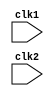
// MIPS 32 PIPELINE PROCESSOR IN VERILOG
`timescale 1ns/1ns
module MIPS32_Pipeline (clk1,clk2);
input clk1, clk2;
reg [31:0] PC,IF_ID_IR,IF_ID_NPC;
reg [31:0] ID_EX_IR,ID_EX_NPC,ID_EX_A,ID_EX_B,ID_EX_IMM;
reg [2:0]  ID_EX_type,EX_MEM_type,MEM_WB_type;
reg [31:0] EX_MEM_IR,EX_MEM_ALUOUT,EX_MEM_B;
reg        EX_MEM_COND;
reg [31:0] MEM_WB_IR,MEM_WB_ALUOUT,MEM_WB_LMD;

reg [31:0] regbank [0:31];                                //32x32   Register Bank
reg [31:0] mem     [0:1023];                              //1024x32 Data Memory

reg HALTED;                                  //2 Special 1 bit Variables
reg TAKEN_BRANCH0, TAKEN_BRANCH1;

parameter ADD=6'b000000, SUB=6'b000001, AND=6'b000010, OR=6'b000011, SLT=6'b000100, MUL=6'b000101, HLT=6'b111111, LW=6'b001000,
SW=6'b001001, ADDI=6'b001010, SUBI=6'b001011, SLTI=6'b001100, BNEQZ=6'b001101, BEQZ=6'b001110;

parameter RR_ALU=3'b000, RM_ALU=3'b001, LOAD=3'b010, STORE=3'b011, BRANCH=3'b100, HALT=3'b101; //Type of Instruction


//-------------------------------STAGE1: INSTRUCTION FETCH----------------------------------------------------------------------
always @(posedge clk1)
	if (HALTED==0)                                         //If HALTED=1 No Need Of Fetching Any Instruction
	begin
		if (( (EX_MEM_IR[31:26]==BNEQZ)&&(EX_MEM_COND==0))||((EX_MEM_IR[31:26]==BEQZ)&&(EX_MEM_COND==1))) //Checking for Branching
		begin
			IF_ID_IR     <= #2 mem[EX_MEM_ALUOUT];           //New Instruction at New Jump Address
			TAKEN_BRANCH1<= #2 1'b1;
//			TAKEN_BRANCH <= #2 1'b1              ;           //Branch Taken
//			TAKEN_BRANCH <= #21 1'b1 				 ;
			IF_ID_NPC    <= #2 EX_MEM_ALUOUT + 1 ;           //Adderess Of Next Instruction
         PC           <= #2 EX_MEM_ALUOUT + 1 ;           // PC Updated
		end
		else                                                //If Branching Is Not To Be Done
		begin              
			IF_ID_IR     <= #2 mem[PC];                      //Fetch Instruction Pointed by PC
			IF_ID_NPC    <= #2 PC + 1 ;                      
			PC           <= #2 PC + 1 ;                      //Incremeant PC By 1
		end
	end
	
//-------------------------------STAGE2: INSTRUCTION DECODE----------------------------------------------------------------------
always @(posedge clk2)
	if (HALTED==0)
	begin
		if (IF_ID_IR[25:21] == 5'b00000)                       //Check If Rs=R0
			ID_EX_A <= 0;                                       //If Yes, Asign Reg A = 0
		else
			ID_EX_A <= #2 regbank[IF_ID_IR[25:21]];             //If No, Asign Reg A The Appropriate Reg from regbamk
			
		if (IF_ID_IR[20:16] == 5'b00000)                       //Same for Reg B
			ID_EX_B <= 0;   
		else
			ID_EX_B <= #2 regbank[IF_ID_IR[20:16]];
			
			
		ID_EX_NPC <= #2 IF_ID_NPC                            ;
		ID_EX_IR  <= #2 IF_ID_IR                             ;
		ID_EX_IMM <= #2 {{16{IF_ID_IR[15]}},{IF_ID_IR[15:0]}}; //Sign Extension Of the Immediate Data
		
		case (IF_ID_IR[31:26])                                 //Check Type of Instruction
		ADD,SUB,AND,OR,SLT,MUL : ID_EX_type <= #2 RR_ALU;
		ADDI,SUBI,SLTI         : ID_EX_type <= #2 RM_ALU;
		LW                     : ID_EX_type <= #2 LOAD  ;
		SW                     : ID_EX_type <= #2 STORE ;
		BNEQZ,BEQZ             : ID_EX_type <= #2 BRANCH;
		HLT                    : ID_EX_type <= #2 HALT  ;
		default                : ID_EX_type <= #2 HALT  ;      //Invalid Opcode
		endcase
	end
//-------------------------------STAGE3: EXECUTE---------------------------------------------------------------------------------
always @(posedge clk1)
	if (HALTED==0)
	begin
		EX_MEM_type  <= #2 ID_EX_type;
		EX_MEM_IR    <= #2 ID_EX_IR;
		TAKEN_BRANCH0<= #2 1'b1;
		//TAKEN_BRANCH <= #2 1'b0;                              //Reset TAKEN_BRANCH To 0
		
		case (ID_EX_type)                                      //Executing According To The OPCODE
		RR_ALU    : begin
					    case (ID_EX_IR[31:26])
					    ADD    : EX_MEM_ALUOUT <= #2 ID_EX_A + ID_EX_B;
					    SUB    : EX_MEM_ALUOUT <= #2 ID_EX_A - ID_EX_B;
					    AND    : EX_MEM_ALUOUT <= #2 ID_EX_A & ID_EX_B;
					    OR     : EX_MEM_ALUOUT <= #2 ID_EX_A | ID_EX_B;
					    SLT    : EX_MEM_ALUOUT <= #2 ID_EX_A < ID_EX_B;
					    MUL    : EX_MEM_ALUOUT <= #2 ID_EX_A * ID_EX_B;
					    default: EX_MEM_ALUOUT <= #2 32'hxxxxxxxx     ;
					    endcase
				      end
		RM_ALU    : begin
					    case (ID_EX_IR[31:26])
					    ADDI   : EX_MEM_ALUOUT <= #2 ID_EX_A + ID_EX_IMM;
					    SUBI   : EX_MEM_ALUOUT <= #2 ID_EX_A - ID_EX_IMM;
					    SLTI   : EX_MEM_ALUOUT <= #2 ID_EX_A < ID_EX_IMM;
					    default: EX_MEM_ALUOUT <= #2 32'hxxxxxxxx        ;
				       endcase
						end
		LOAD,STORE: begin
						 EX_MEM_ALUOUT <= #2 ID_EX_A + ID_EX_IMM;
						 EX_MEM_B      <= #2 ID_EX_B            ;
						end
		BRANCH    : begin
						 EX_MEM_ALUOUT <= #2 ID_EX_NPC + ID_EX_IMM;
						 EX_MEM_COND   <= #2 (ID_EX_A==0)         ;
					   end
		endcase
	end
//-------------------------------STAGE4: MEMORY ACESS---------------------------------------------------------------------------------	
always @(posedge clk2)
	if (HALTED==0)
		begin
			MEM_WB_type <= #2 EX_MEM_type;
			MEM_WB_IR   <= #2 EX_MEM_IR  ;
			
			case (EX_MEM_type)
			RR_ALU,RM_ALU: MEM_WB_ALUOUT <= #2 EX_MEM_ALUOUT     ;
			LOAD         : MEM_WB_LMD    <= #2 mem[EX_MEM_ALUOUT];
			STORE        : if (TAKEN_BRANCH0==1)
									mem[EX_MEM_ALUOUT] <= #2 EX_MEM_B  ;
			endcase
		end
//-------------------------------STAGE5: WRITE BACK-----------------------------------------------------------------------------------
always @(posedge clk1)
	begin
		if (TAKEN_BRANCH0==1)
			case (MEM_WB_type)
			RR_ALU: regbank[MEM_WB_IR[15:11]] <= #2 MEM_WB_ALUOUT;    //rd
			RM_ALU: regbank[MEM_WB_IR[20:16]] <= #2 MEM_WB_ALUOUT;    //rt
         LOAD  : regbank[MEM_WB_IR[20:16]] <= #2 MEM_WB_LMD   ;    //rt
			HALT  : HALTED <= #2 1'b1;
			endcase
	 end
	
endmodule